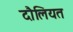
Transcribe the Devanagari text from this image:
दौलियत